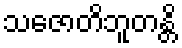
သဇောတိဘူတန္တိ